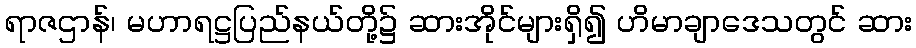
ရာဇဌာန်၊ မဟာရဋ္ဌပြည်နယ်တို့၌ ဆားအိုင်များရှိ၍ ဟိမာချာဒေသတွင် ဆား